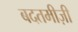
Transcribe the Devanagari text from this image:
बदतमीज़ी